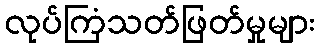
လုပ်ကြံသတ်ဖြတ်မှုများ